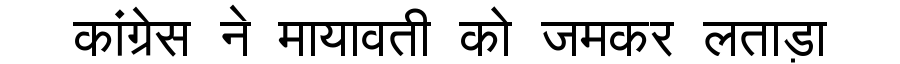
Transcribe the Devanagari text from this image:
कांग्रेस ने मायावती को जमकर लताड़ा